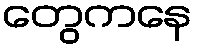
တွေကနေ